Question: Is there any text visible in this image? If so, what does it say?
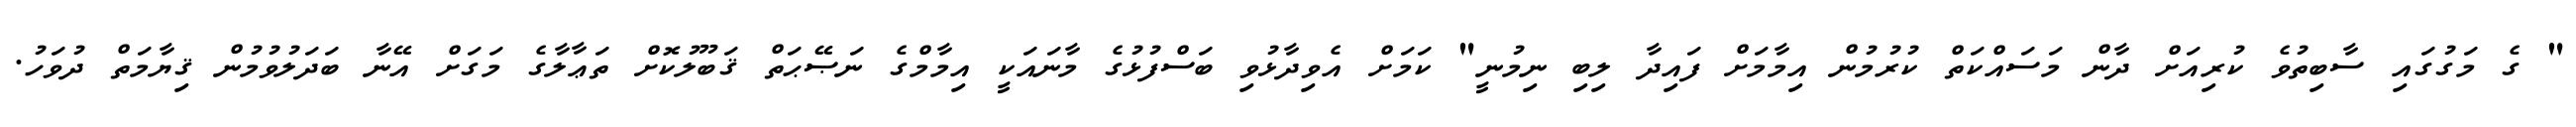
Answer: " ގެ މަގުގައި ސާބިތުވެ ކުރިއަށް ދާން މަސައްކަތް ކުރުމުން އިމާމަށް ފައިދާ ލިބި ނިމުނީ" ކަމަށް އެވިދާޅުވި ބަސްފުޅުގެ މާނައަކީ އިމާމްގެ ނަޞޭޙަތް ޤަބޫލުކޮށް ތަޢާލާގެ މަގަށް އޭނާ ބަދަލުވުމުން ޤިޔާމަތް ދުވަހު.